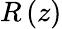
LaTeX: R\left(z\right)